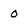
Character: O